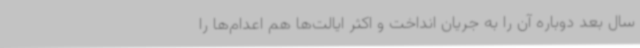
سال بعد دوباره آن را به جریان انداخت و اکثر ایالت‌ها هم اعدام‌ها را